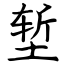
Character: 堑